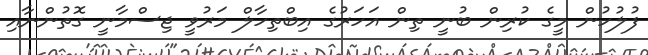
ފުލުހުން މީގެ ކުރިން ބުނީ ތިން އަހަރުގެ އިބްތިހާލް މަރުވީ ޖިސްމާނީ ގޮތުންނާއި